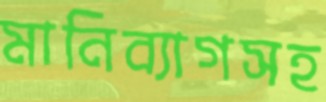
মানিব্যাগসহ